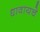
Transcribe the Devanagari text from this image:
धावायचे